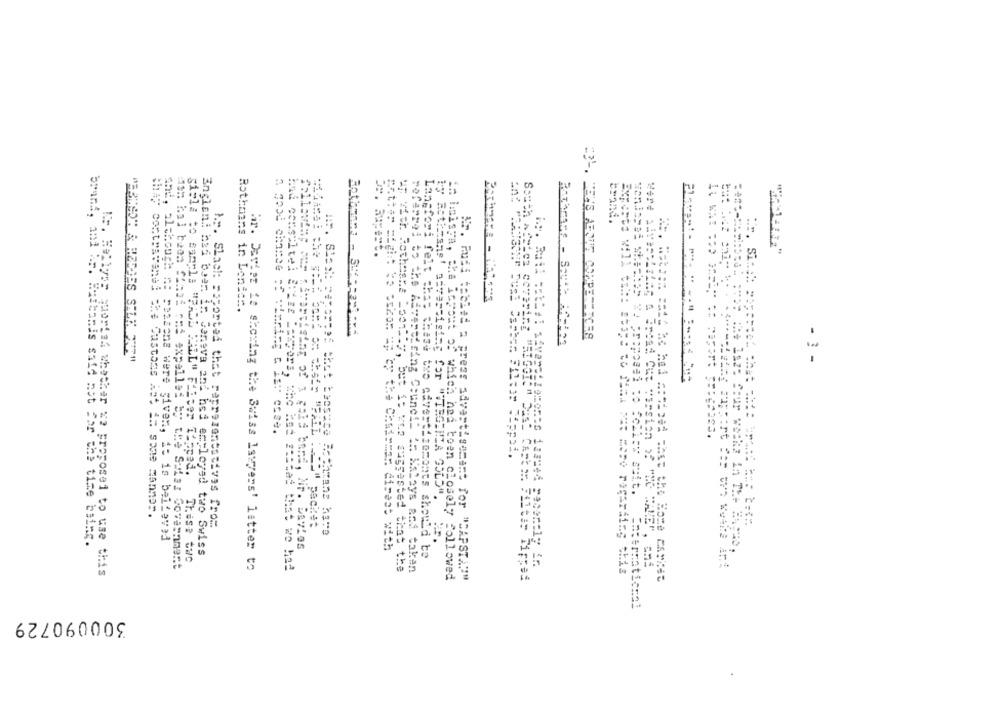
Rothmans in Lonic :.
- 3 -
som hal been Chmod ond expelled b
Timing c ist ccse.
Tipped.
thay contravenel che Customs Ast i= some Manmar.
A .-. Slack: soportes that representatives from
"-ow packet
and, although no passons were given, it is beileved
ichnis said not For the time being.
mortising of 1 gold band, Nr. Davies
Encleni had been in Geneva and hed employed two Swiss
Maar direst with
Langfori felt chas chase tre advertisements should be
Those two
swiss Government
ir. Davies is showing the Swiss lawyers' latter to
had consultel Sitze Lawyers, who had stated that we had
up with Hothasta Loon"ty, but it was suggested that the
islays and taken
Kr. Hollyog quortak whether xa proposed to use this
in hisigen, cha iamout of which had toen closely followed
Nr. Ruas tables a press advertisement for "CAPSTA!"
the Kore Market
ermaticmol
300090729